kultuurilooline_kollektsioon, lk 109
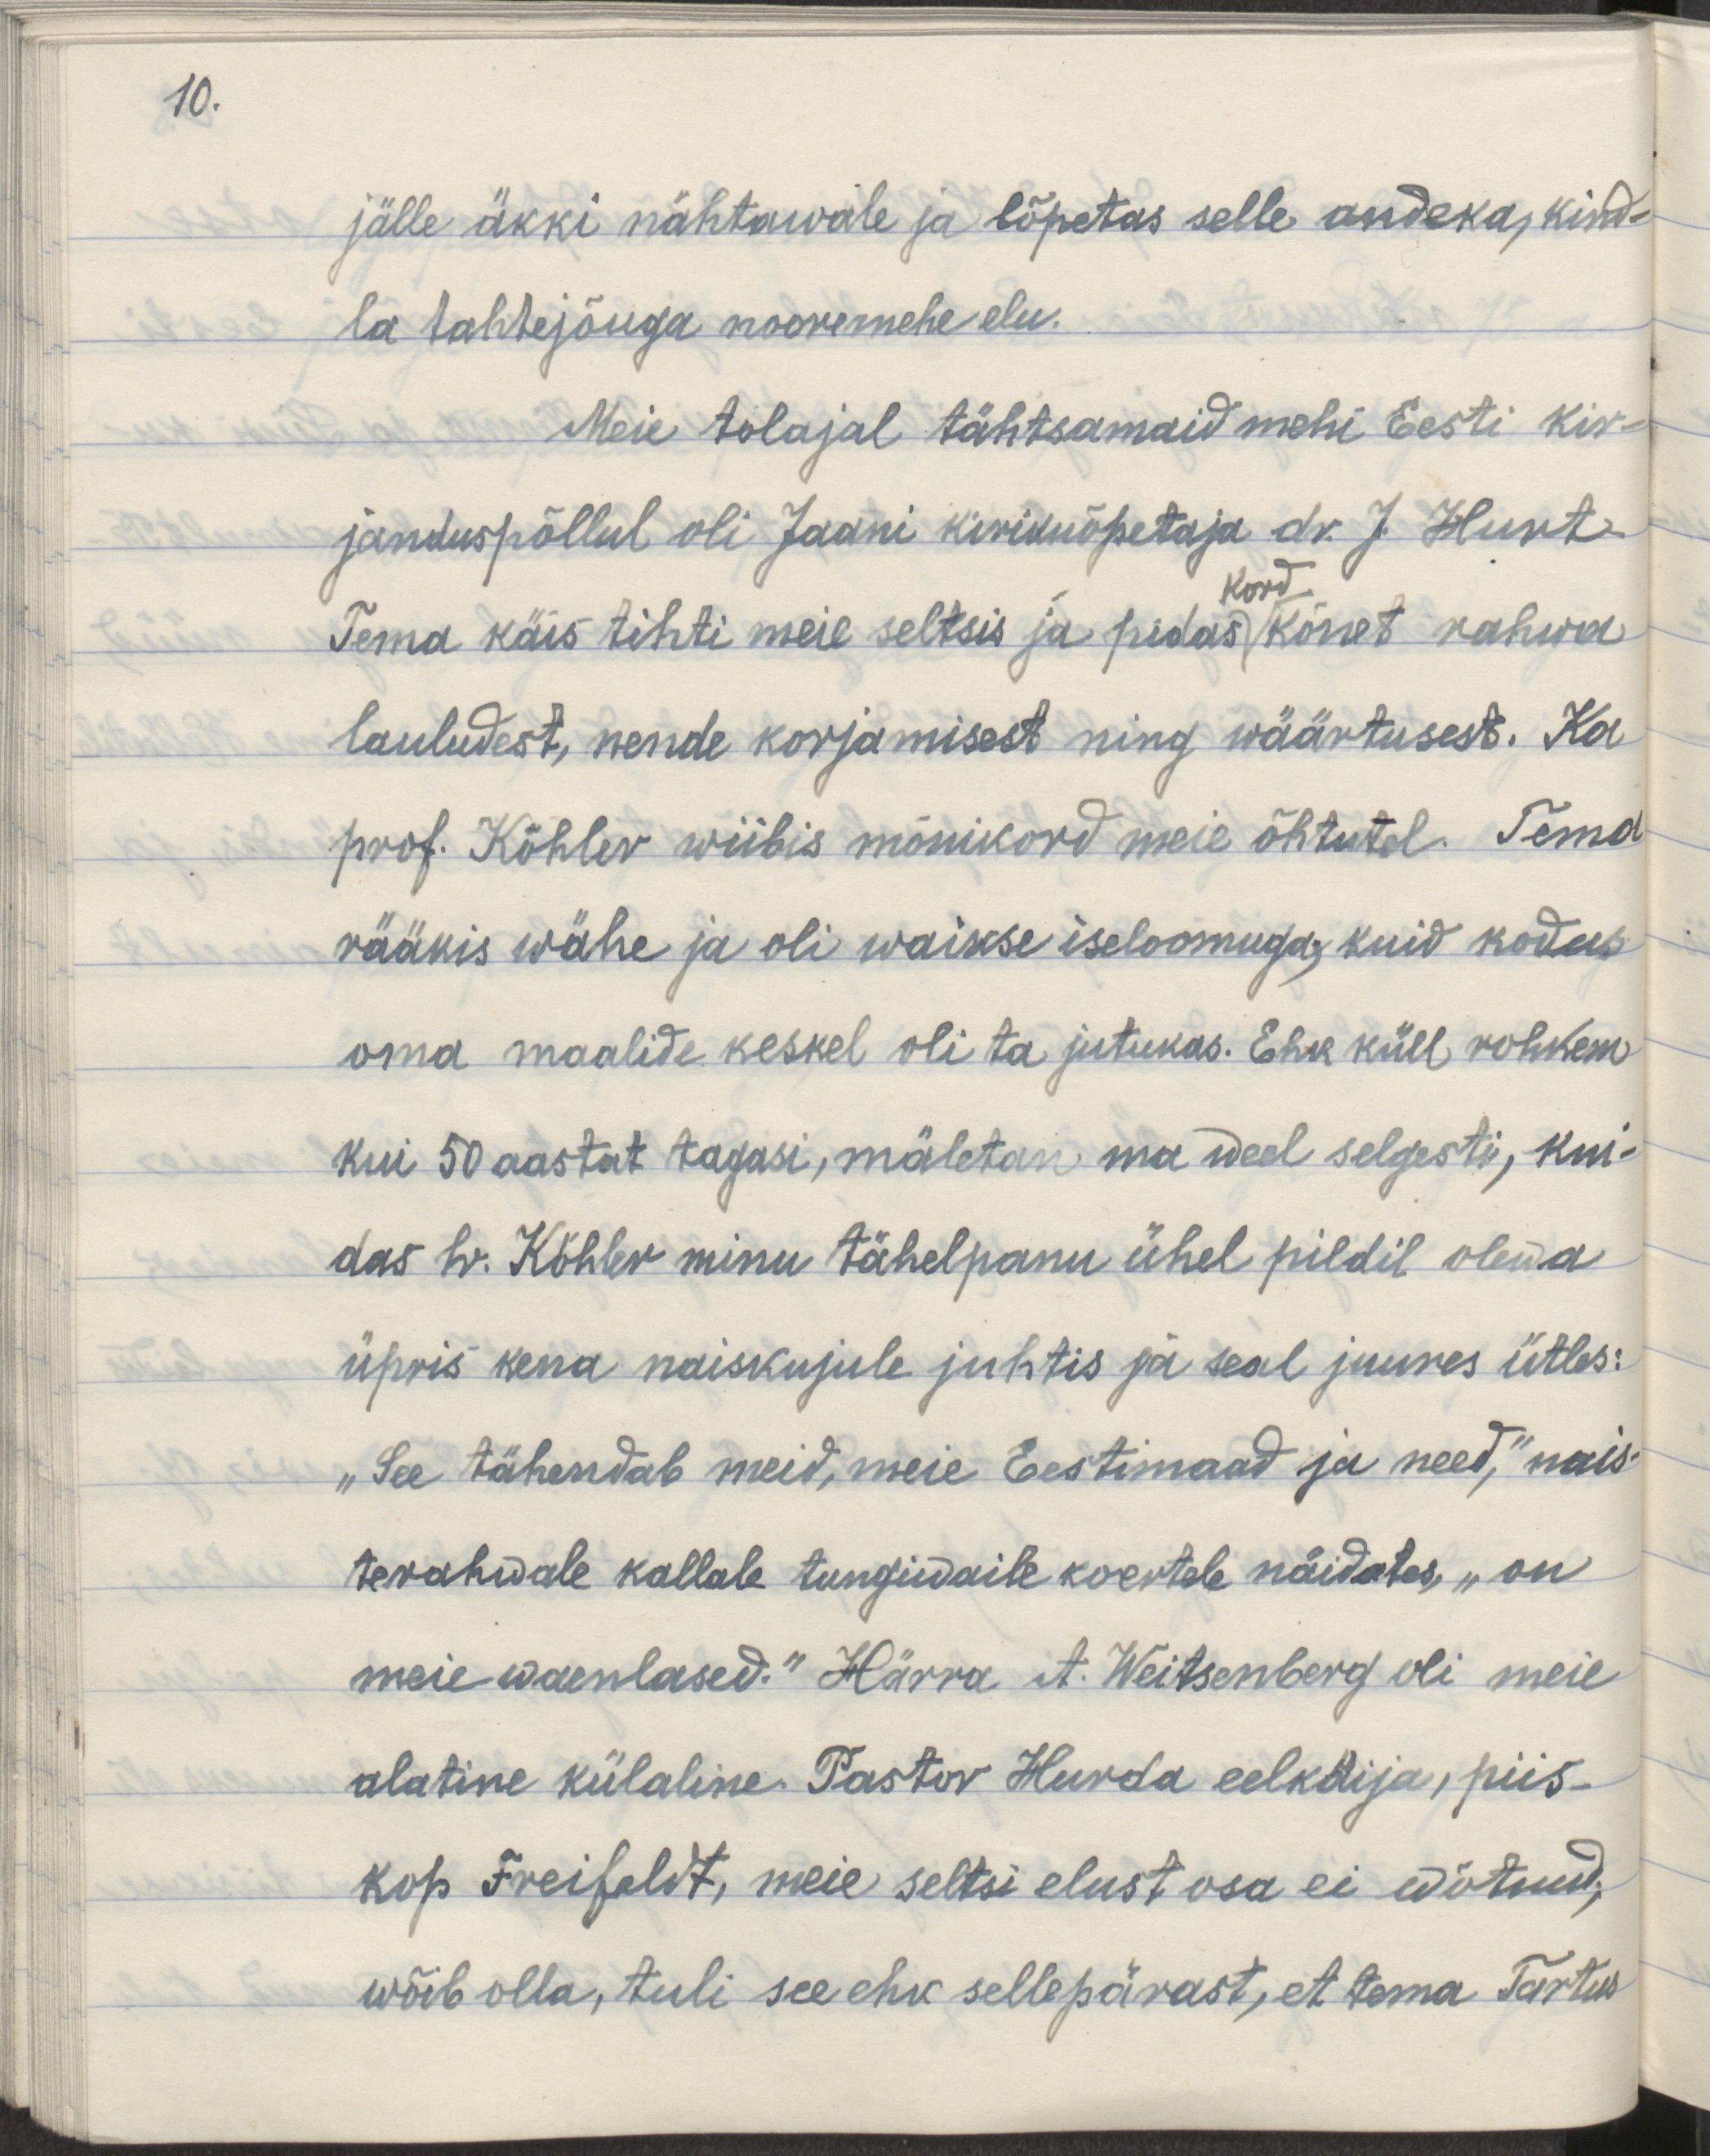
10.

jälle äkki nähtawale ja lõpetas selle andeka, kind-
la tahtejõuga nooremehe elu.
Meie tolajal tähtsamaid mehi Eesti kir-
janduspõllul oli Jaani kirikuõpetaja dr. J. Hunt.
Tema käis tihti meie seltsis ja pidas kõnet rahwa
lauludest, nende korjamisest ning wäärtusest. Ka 
prof. Köhler wiibis mõnikord meie õhtutel. Tema
rääkis wähe ja oli waikse iseloomuga, kuid kodus
oma maalide keskel oli ta jutukas. Ehk küll rohkem
kui 50 aastat tagasi, mäletan ma weel selgesti, kui-
das hr. Köhler minu tähelepanu ühel pildil olewa
üpris kena naiskujule juhtis ja seal juures ütles:
"See tähendab meid, meie Eestimaad ja need," nais-
terahwale kallale tungiwaile koertele näidates, "on
meie waenlased." Härra. A. Weitsenberg oli meie
alatine külaline. Pastor Hurda eelkäija, piis-
kop Freifeldt, meie seltsi elust osa ei wõtnud,
wõib olla, tuli see ehk sellepärast, et tema Tartus